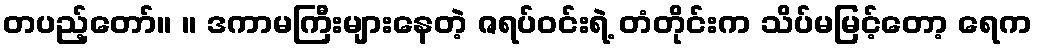
တပည့်တော်။ ။ ဒကာမကြီးများနေတဲ့ ဇရပ်ဝင်းရဲ့ တံတိုင်းက သိပ်မမြင့်တော့ ရေက